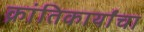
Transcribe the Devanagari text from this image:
क्रांतिकार्यांचा